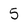
Character: 5